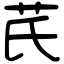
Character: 芪